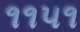
૧૧૫૧